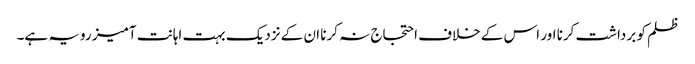
ظلم کو برداشت کرنا اور اس کے خلاف احتجاج نہ کرنا ان کے نزدیک بہت اہانت آمیز رویہ ہے۔